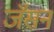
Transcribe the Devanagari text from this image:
जॅसन